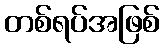
တစ်ရပ်အဖြစ်